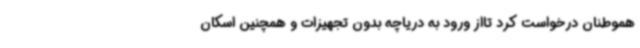
هموطنان درخواست کرد تااز ورود به دریاچه بدون تجهیزات و همچنین اسکان